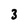
Character: 3